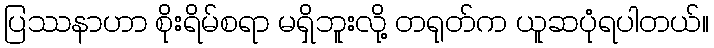
ပြဿနာဟာ စိုးရိမ်စရာ မရှိဘူးလို့ တရုတ်က ယူဆပုံရပါတယ်။